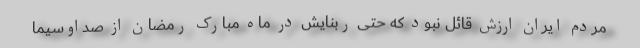
مردم ایران ارزش قائل نبود که حتی ربنایش در ماه مبارک رمضان از صداوسیما